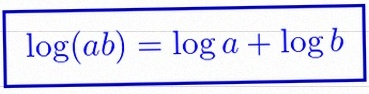
\log(ab)=\log a+\log b